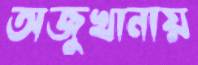
অজুখানায়